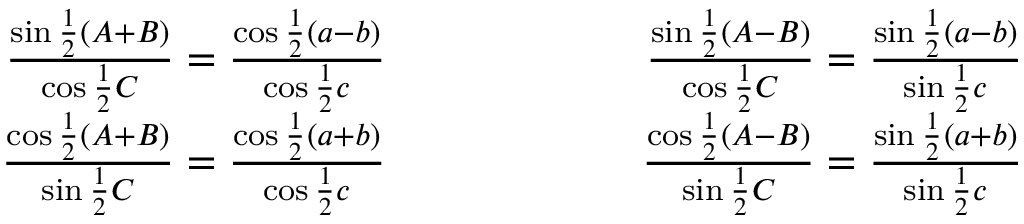
{ \begin{array} { r l r } { { \frac { \sin { \frac { 1 } { 2 } } ( A + B ) } { \cos { \frac { 1 } { 2 } } C } } = { \frac { \cos { \frac { 1 } { 2 } } ( a - b ) } { \cos { \frac { 1 } { 2 } } c } } } & { \qquad \qquad } & { { \frac { \sin { \frac { 1 } { 2 } } ( A - B ) } { \cos { \frac { 1 } { 2 } } C } } = { \frac { \sin { \frac { 1 } { 2 } } ( a - b ) } { \sin { \frac { 1 } { 2 } } c } } } \\ { { \frac { \cos { \frac { 1 } { 2 } } ( A + B ) } { \sin { \frac { 1 } { 2 } } C } } = { \frac { \cos { \frac { 1 } { 2 } } ( a + b ) } { \cos { \frac { 1 } { 2 } } c } } } & { \qquad } & { { \frac { \cos { \frac { 1 } { 2 } } ( A - B ) } { \sin { \frac { 1 } { 2 } } C } } = { \frac { \sin { \frac { 1 } { 2 } } ( a + b ) } { \sin { \frac { 1 } { 2 } } c } } } \end{array} }